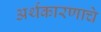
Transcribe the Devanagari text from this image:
अर्थकारणाचे